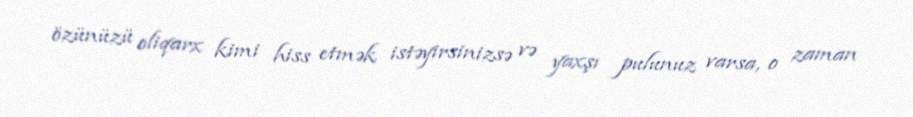
özünüzü oliqarx kimi hiss etmək istəyirsinizsə və yaxşı pulunuz varsa, o zaman